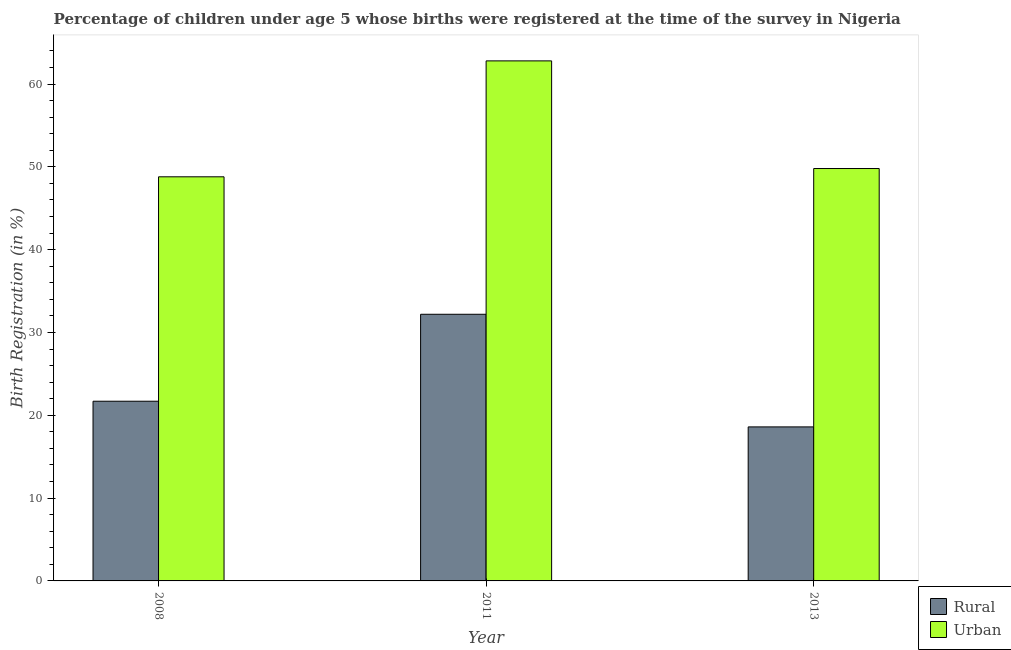
| Year | Rural | Urban |
 | --- | --- | --- |
 | 2008 | 21.7 | 48.8 |
 | 2011 | 32.2 | 62.8 |
 | 2013 | 18.6 | 49.8 |